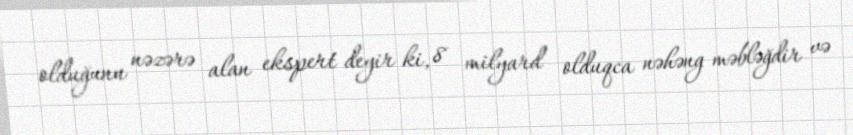
olduğunu nəzərə alan ekspert deyir ki, 8 milyard olduqca nəhəng məbləğdir və